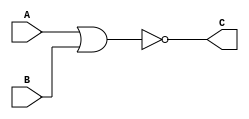
module nor_2(A, B, C);

	input A, B;
	output C;
	
	assign C = (~(A | B));
	
endmodule